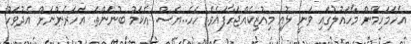
އެހަމަހިމޭން މާހައުލުގައި ވަނީ ލުއި މިއުޒިކެއްޖަހާފައެވެ. ހެހެ..ޔެސް. އެކަމު ބުނަންތަ. އަހަރެންނަށް އެދުވަހު